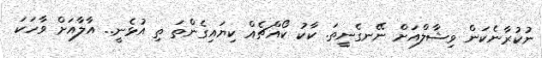
ނުކުރާނެކަން ވިޝާލްއަށް ނޭނގެނީތަ. ކާކު ކޯއްޗެއް ކިޔައިގެންތަ ތި އުޅެނީ.. އާލާއަށް ވާހަކަ